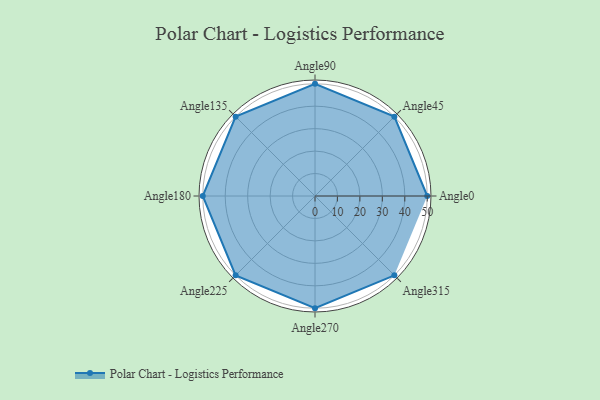
{"axis": {"x": "Angle", "y": "Radius"}, "legend": [""], "data": [{"x": "Angle0", "y": 50, "type": ""}, {"x": "Angle45", "y": 50, "type": ""}, {"x": "Angle90", "y": 50, "type": ""}, {"x": "Angle135", "y": 50, "type": ""}, {"x": "Angle180", "y": 50, "type": ""}, {"x": "Angle225", "y": 50, "type": ""}, {"x": "Angle270", "y": 50, "type": ""}, {"x": "Angle315", "y": 50, "type": ""}]}